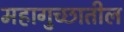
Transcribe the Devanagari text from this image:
महागुच्छातील